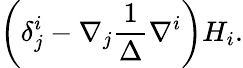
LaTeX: \left(\delta_{j}^{i}-\nabla_{j}\frac{1}{\Delta}\nabla^{i}\right)H_{i}.